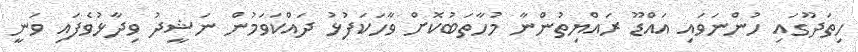
ހިތަދޫގައި ހުންނަވައި އައްޑޫ ރައްޔިތުންނާ މުހާތަބުކޮށް ވާހަކަފުޅު ދައްކަވަމުން ނަޝީދު ވިދާޅުވެފައި ވަނީ